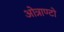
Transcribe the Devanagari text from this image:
ओत्राण्टो